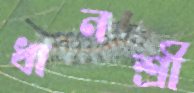
ধানশ্রী